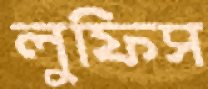
লুফিস